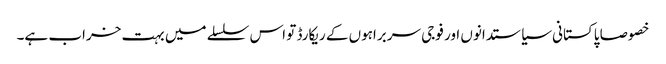
خصوصا پاکستانی سیاستدانوں اور فوجی سربراہوں کے ریکارڈ تو اس سلسلے میں بہت خراب ہے۔